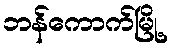
ဘန်ကောက်မြို့